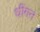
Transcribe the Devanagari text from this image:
धींगन